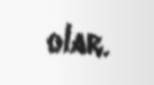
olar.